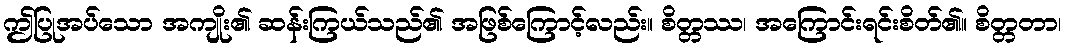
ဤပြုအပ်သော အကျိုး၏ ဆန်းကြယ်သည်၏ အဖြစ်ကြောင့်လည်း။ စိတ္တဿ၊ အကြောင်းရင်းစိတ်၏။ စိတ္တတာ၊